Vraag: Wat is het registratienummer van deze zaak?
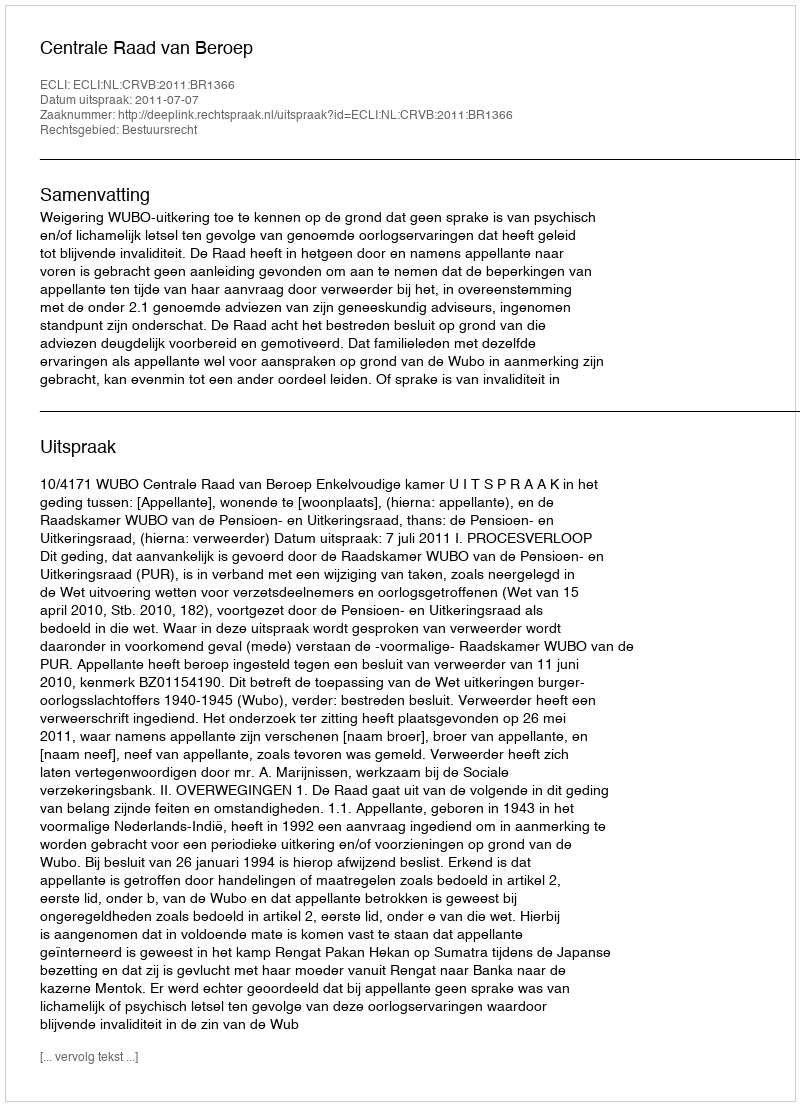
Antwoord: http://deeplink.rechtspraak.nl/uitspraak?id=ECLI:NL:CRVB:2011:BR1366